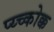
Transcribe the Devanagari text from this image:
प्य्च्कोक्क